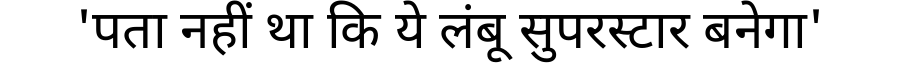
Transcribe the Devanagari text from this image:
'पता नहीं था कि ये लंबू सुपरस्टार बनेगा'